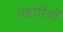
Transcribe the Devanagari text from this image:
घड़ारियों